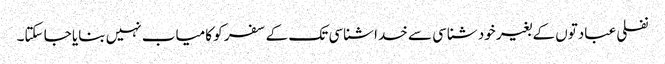
نفلی عبادتوں کے بغیر خود شناسی سے خدا شناسی تک کے سفر کو کامیاب نہیں بنایا جا سکتا۔